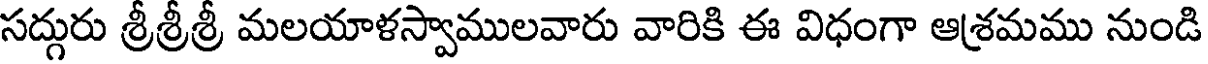
సద్గురు శ్రీశ్రీశ్రీ మలయాళస్వాములవారు వారికి ఈ విధంగా ఆశ్రమము నుండి